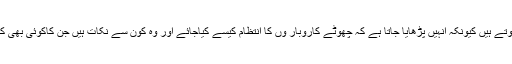
طالبات کے پاس اپنا کاروبار کھڑا کرنے کے مواقع بھی ہوتے ہیں کیونکہ انہیں پڑھایا جاتا ہے کہ چھوٹے کاروبار وں کا انتظام کیسے کیاجائے اور وہ کون سے نکات ہیں جن کاکوئی بھی کاروبارشروع کرتے ہوئے ابتدا سے ہی خیال رکھنا چاہئے۔